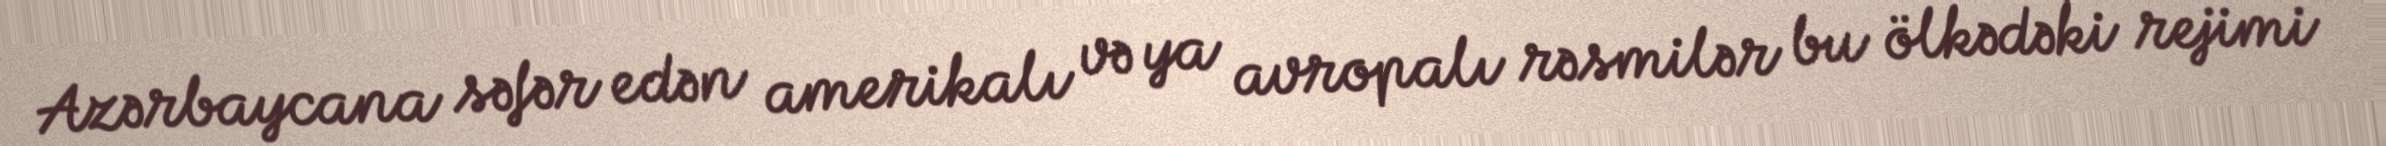
Azərbaycana səfər edən amerikalı və ya avropalı rəsmilər bu ölkədəki rejimi